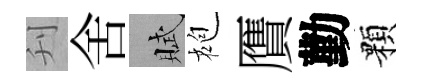
刋舍賦袍贋勤顆